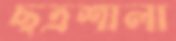
ছত্রশালা